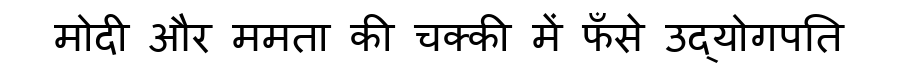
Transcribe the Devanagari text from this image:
मोदी और ममता की चक्की में फँसे उद्योगपति